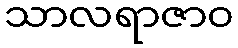
သာလရာဇာဝ